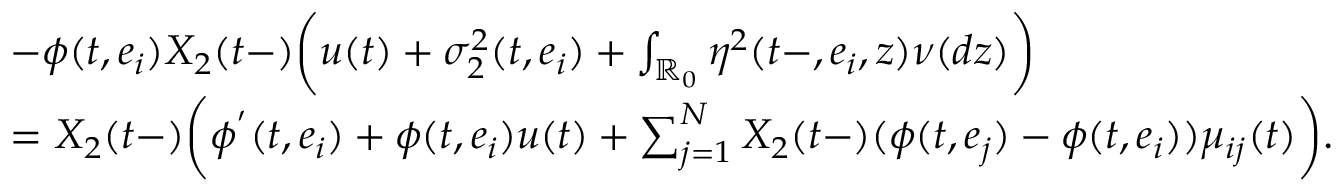
\begin{array} { r l } & { - \phi ( t , e _ { i } ) X _ { 2 } ( t - ) \biggl ( u ( t ) + \sigma _ { 2 } ^ { 2 } ( t , e _ { i } ) + \int _ { \mathbb { R } _ { 0 } } \eta ^ { 2 } ( t - , e _ { i } , z ) \nu ( d z ) \biggr ) } \\ & { = X _ { 2 } ( t - ) \biggl ( \phi ^ { ' } ( t , e _ { i } ) + \phi ( t , e _ { i } ) u ( t ) + \sum _ { j = 1 } ^ { N } X _ { 2 } ( t - ) ( \phi ( t , e _ { j } ) - \phi ( t , e _ { i } ) ) \mu _ { i j } ( t ) \biggr ) . } \end{array}